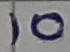
Text: 10